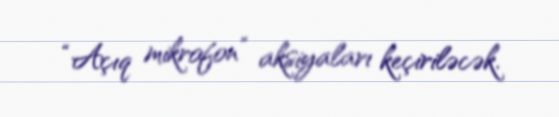
“Açıq mikrofon” aksiyaları keçiriləcək.